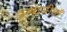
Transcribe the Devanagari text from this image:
उन्यासीवाँ